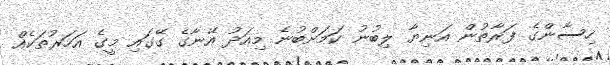
ހިސާންގެ ފަރާތުން އަނިޔާ ލިބުނު ކަމަށްބުނެ މިއަދު އޭނާގެ ގޭގައި މީގެ އަހަރުތަކެއް